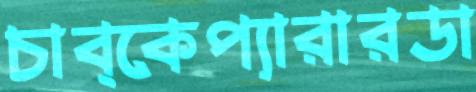
চাব্‌কেপ্যারারডা